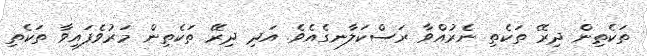
ތަކެތިން ދިރޭ ތަކެތި ނެރުއްވާ ރަސްކަލާނގެއެވެ. އަދި ދިރޭ ތަކެތިން މަރުވެފައިވާ ތަކެތި